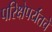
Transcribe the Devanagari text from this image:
परिक्षेपर्यंतचे